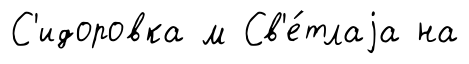
С'идоровка м Св'е́тлаjа на